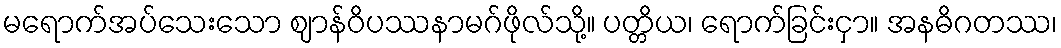
မရောက်အပ်သေးသော ဈာန်ဝိပဿနာမဂ်ဖိုလ်သို့။ ပတ္တိယ၊ ရောက်ခြင်းငှာ။ အနဓိဂတဿ၊